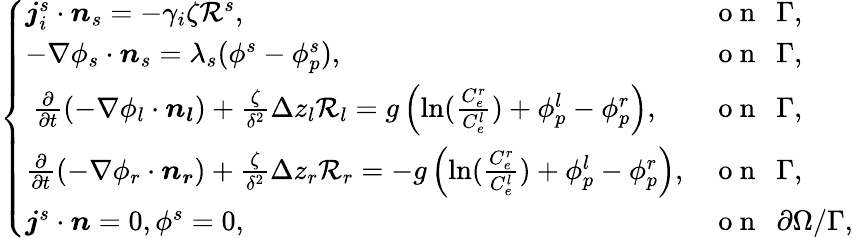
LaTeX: \left\{ \begin{array}{ll}{\boldsymbol{j}_{i}^{s}\cdot\boldsymbol{n}_{s}=-\gamma_{i}\zeta\mathcal{R}^{s},}&{\mathrm{~o~n~~~}\Gamma,}\\ {-\nabla\phi_{s}\cdot\boldsymbol{n}_{s}=\lambda_{s}(\phi^{s}-\phi_{p}^{s}),}&{\mathrm{~o~n~~~}\Gamma,}\\ {~\frac{\partial}{\partial t}(-\nabla\phi_{l}\cdot\boldsymbol{n_{l}})+\frac{\zeta}{\delta^{2}}\Delta z_{l}\mathcal{R}_{l}=g\left(\ln(\frac{C_{e}^{r}}{C_{e}^{l}})+\phi_{p}^{l}-\phi_{p}^{r}\right),}&{\mathrm{~o~n~~~}\Gamma,}\\ {\frac{\partial}{\partial t}(-\nabla\phi_{r}\cdot\boldsymbol{n_{r}})+\frac{\zeta}{\delta^{2}}\Delta z_{r}\mathcal{R}_{r}=-g\left(\ln(\frac{C_{e}^{r}}{C_{e}^{l}})+\phi_{p}^{l}-\phi_{p}^{r}\right),}&{\mathrm{~o~n~~~}\Gamma,}\\ {\boldsymbol{j}^{s}\cdot\boldsymbol{n}=0,\phi^{s}=0,}&{\mathrm{~o~n~~~}\partial\Omega/\Gamma,}\end{array}\right.